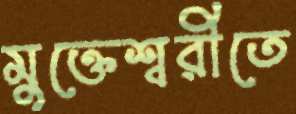
মুক্তেশ্বরীতে